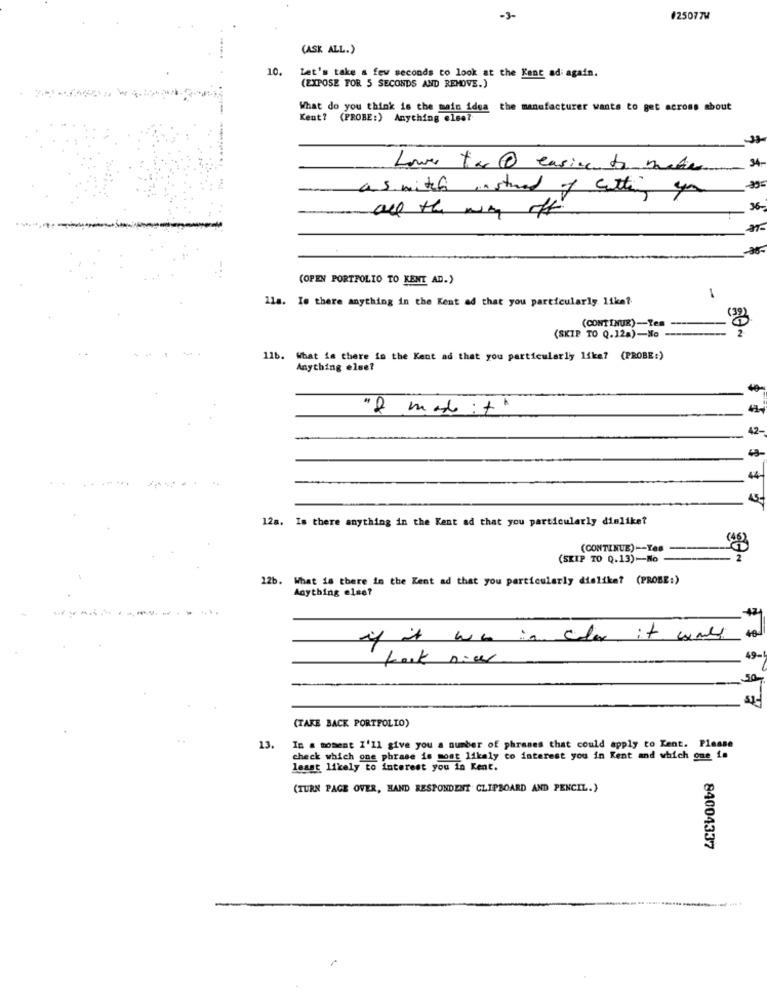
-3-
#25077W
(ASK ALL.)
10.
Let's take a few seconds to look at the Kant ad again.
(EXPOSE FOR 5 SECONDS AND REMOVE.)
What do you think is the main idea the manufacturer wants to get across about
Kent? (PROBE:) Anything else?
34.
Lower ta @ casicento matic
as witch ,astued of cutting you
all the way off
36-
(OPEN PORTFOLIO TO KENT AD.)
11s. Is there anything in the Kent ad that you particularly liket
1
(CONTINUE)-Yes -----
(SKIP TO Q.12a)-No --
11b. What is there is the Kent ad that you particularly like? (PROBE:)
Anything else?
40-
42-
12a. Is there anything in the Kent ad that you particularly dislike?
(CONTINUE) -- Yes
(SKIP TO Q.13)-No
2
12b. What is there in the Kent ad that you particularly dielike? (PROBE:)
Anything else?
....
--------
if it was in color it wall
fort niw
49-
50
$1-
(TAKE BACK PORTFOLIO)
13.
In a moment I'll give you a number of phrases that could apply to Kent. Please
check which one phrase is most likaly co interest you in Kent and which one is
least likely to interest you in Kent.
(TURN PAGE OVER, HAND RESPONDENT CLIPBOARD AND PENCIL.)
84004337